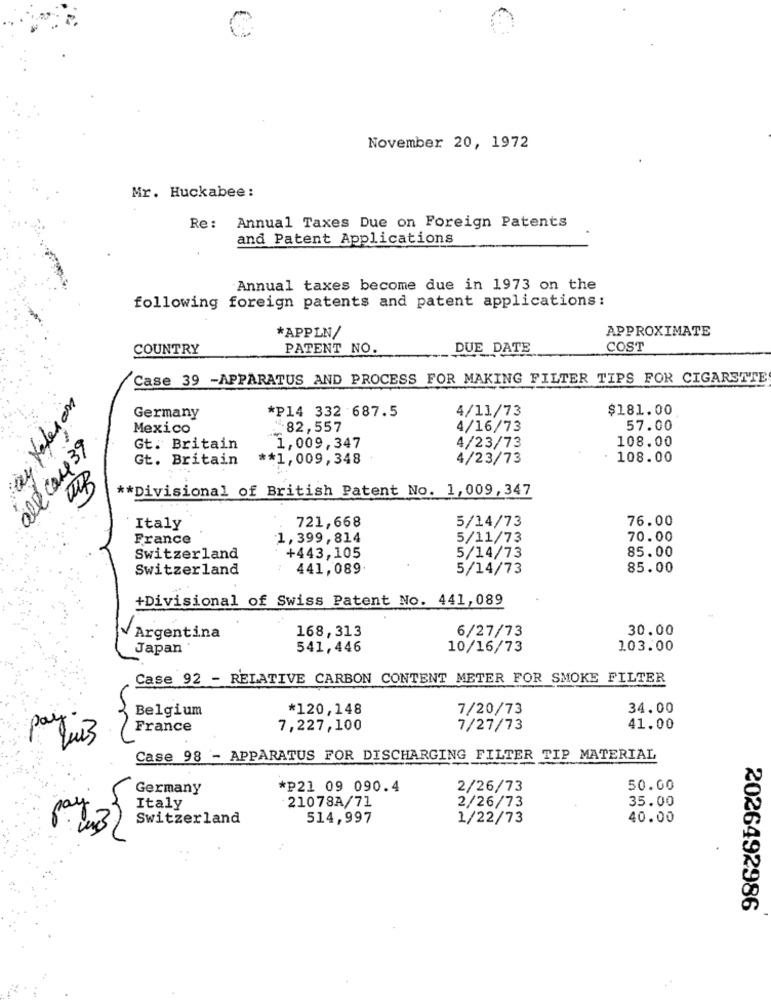
November 20, 1972
Mr. Huckabee :
Re :
Annual Taxes Due on Foreign Patents
and Patent Applications
Annual taxes become due in 1973 on the
following foreign patents and patent applications:
APPROXIMATE
*APPLN/
COUNTRY
PATENT NO.
DUE DATE
COST
Case 39 -APPARATUS AND PROCESS FOR MAKING FILTER TIPS FOR CIGARETTE
*P14 332 687.5
4/11/73
$181.00
Germany
Mexico
1.82,557
4/16/73
57.00
all came 39
108.00
Gt. Britain
1,009,347
4/23/73
Gt. Britain
** 1,009,348
4/23/73
· 108.00
** Divisional of British Patent No. 1,009, 347
721,668
5/14/73
76.00
Italy
France
1,399,814
5/11/73
70.00
85.00
Switzerland
+443,105
5/14/73
Switzerland
441,089
5/14/73
85.00
+Divisional of Swiss Patent No. 441,089
168,313
6/27/73
30.00
Argentina
Japan
541,446
10/16/73
103.00
Case 92 - RELATIVE CARBON CONTENT METER FOR SMOKE FILTER
Belgium
*120,148
7/20/73
34.00
France
7,227,100
7/27/73
41.00
Case 98 - APPARATUS FOR DISCHARGING FILTER TIP MATERIAL
Germany
*p21 09 090.4
2/26/73
50.00
21078A/71
2/26/73
35.00
Italy
Switzerland
514,997
1/22/73
40.00
pay
2026492986